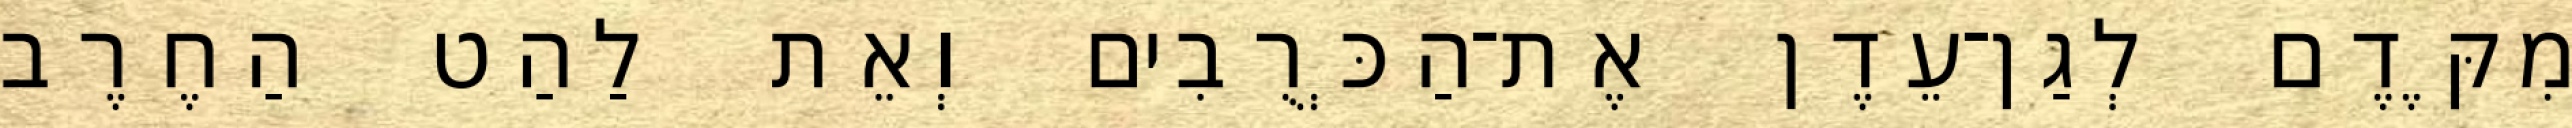
מִקֶּדֶם לְגַן־עֵדֶן אֶת־הַכְּרֻבִים וְאֵת לַהַט הַחֶרֶב